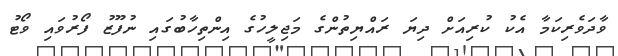
ވާދަވެރިކަމާ އެކު ކުރިއަށް ދިޔަ ރައްޔިތުންގެ މަޖިލީހުގެ އިންތިހާބުގައި ނުފޫޒު ފޯރުވައި ވޯޓު